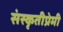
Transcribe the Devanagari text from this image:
संस्कृतीप्रेमी